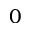
0